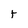
Character: r